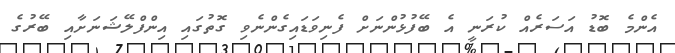
އެންމެ ބޮޑު އަސަރެއް ކުރަނީ އެ ބޭފުޅުންނަށް ފެނިވަޑައިގެންނެވި ގޮތުގައި އިންފްލޭޝަނަށާއި ބޭރުގެ